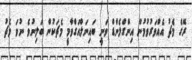
ރޭގެ މެޗު އެއްވަރުވުމުން އިންގްލެންޑް ވަނީ ބައިނަލްއަގްވާމީ މެޗަކުން ބަލިނުވެ ނުވަ މެޗު